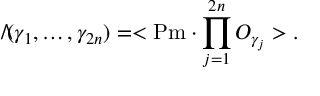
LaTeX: \backslash \! \! \! \slash ( \gamma _ { 1 } , \ldots , \gamma _ { 2 n } ) = < \mathrm { P m } \cdot \prod _ { j = 1 } ^ { 2 n } { \cal O } _ { \gamma _ { j } } > .